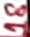
Text: 18